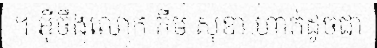
។ អ៊ីចឹងលោក កឹម សុខា ហាក់ដូចជា